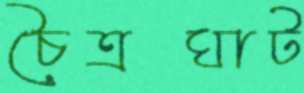
চৈত্রঘাট